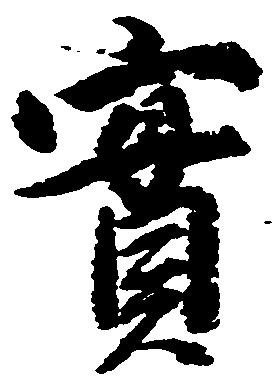
実